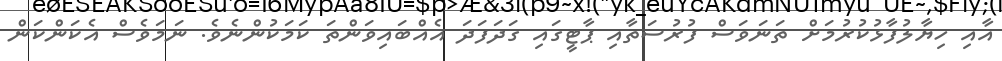
އާއި ހިޔާލުފާޅުކުރުމަށް ތަނަވަސް ފުރުސަތާއި ޕާޓީގައި ގަދަފަދަ އެެއްބަައިވަންތަ ކަމަކުންނެވެ. ނަމަވެސް އެކަންކަން